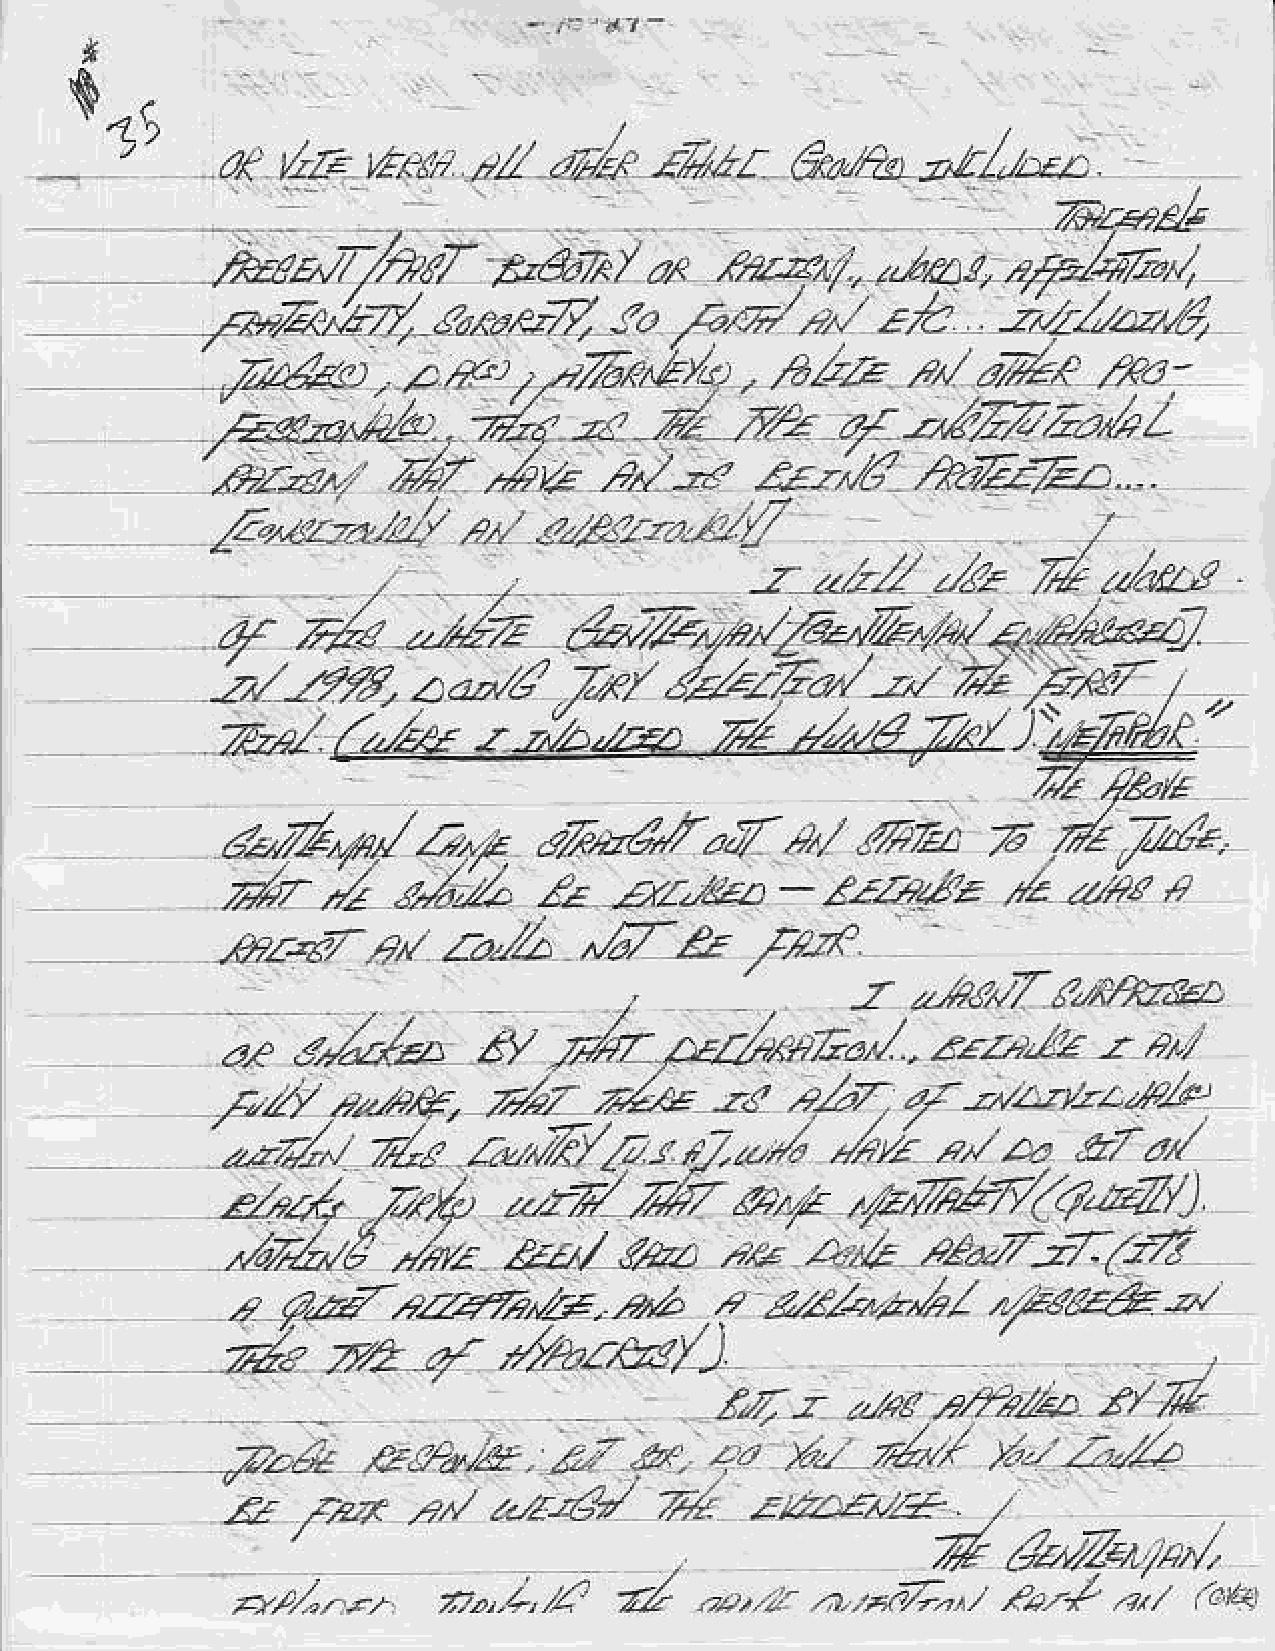
$.
 1\
 Azy    zalee.,   ,:-.:7  z:Zz   -rr  .alV    4   J/.r/i-'/zb
 dr    4u'7ry'a!;-i            ./*    ptz*.e.a.y'
 fut  .224/k/2rtJtu/c                     a1   ,9/
 a a.. r2 .7- b- // ,^ ,/                .4n1/; ,4//          4.4
 kr?     7h     /:a/    ,PVatf4'iz/'
 cL?zB     7,4p
 ,/,qz   &a/     @L    ,,..  zY,.t  ec*7i1(22
 ^6,/-d                                                        z
 nZ
 a                                a  Z,l/a,a/p/     zl€na4
 ?zz-pz.+74,2s-
 ft
 fu€          4t    *mrZkg,Y)
 -                          2,   2  24                   Z
 'aft-AD    'f,r'
 Z.e       EP,t**.     -E -7 f)
 -" -i -M /: .,"4//  .r'",/,a*'12
 ''r/t- ''
 rtl
 ,z,r                          428/"    -/2 d. a"rz'",
 ,.,,1 "zd                              ,/